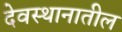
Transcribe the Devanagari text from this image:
देवस्थानातील